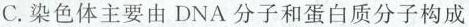
C.染色体主要由DNA分子和蛋白质分子构成